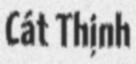
Cát Thịnh